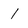
Character: 1